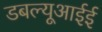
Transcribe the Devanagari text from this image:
डबल्यूआईई